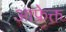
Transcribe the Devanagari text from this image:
आफ्रेक्त